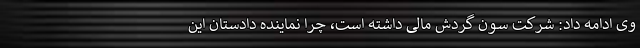
وی ادامه داد: شرکت سون گردش مالی داشته است، چرا نماینده دادستان این